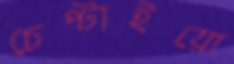
চেপ্‌টাইয়ো